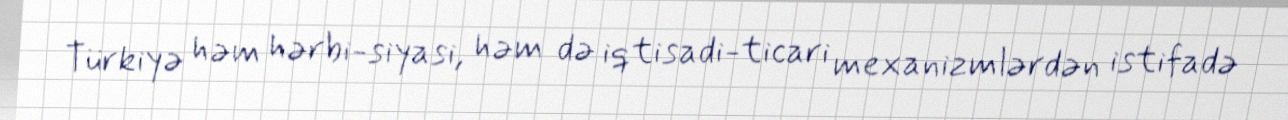
Türkiyə həm hərbi-siyasi, həm də iqtisadi-ticari mexanizmlərdən istifadə